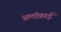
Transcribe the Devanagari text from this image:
अलॉक़ाई